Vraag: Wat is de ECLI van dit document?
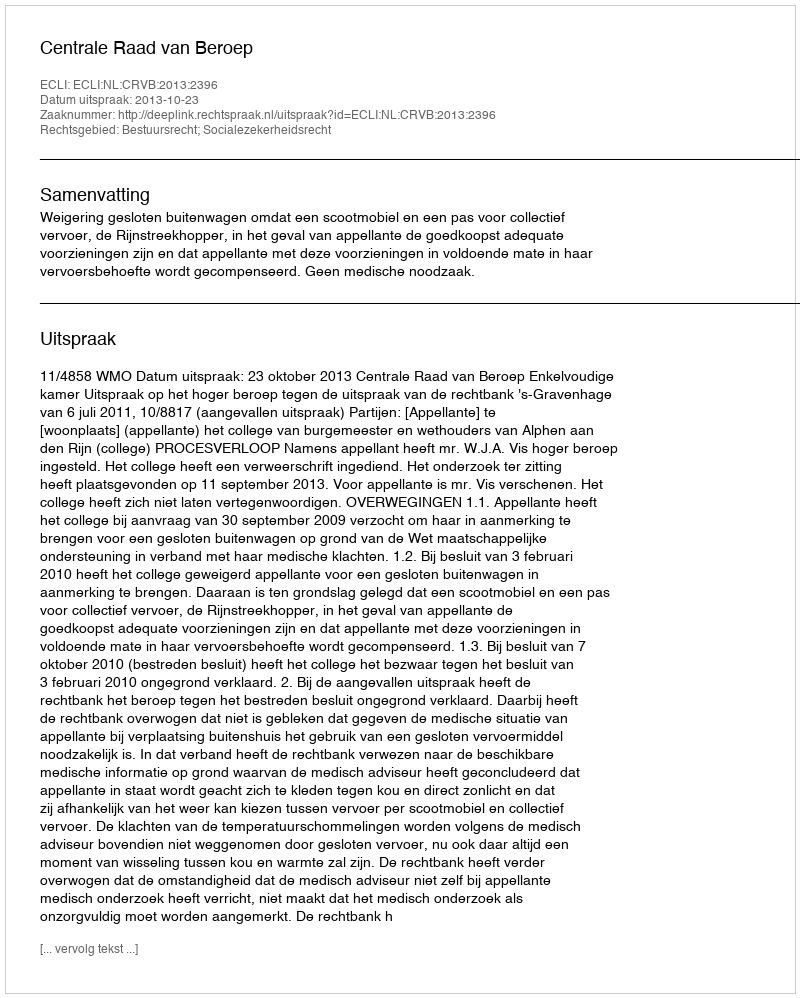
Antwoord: ECLI:NL:CRVB:2013:2396